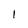
Character: 1